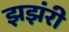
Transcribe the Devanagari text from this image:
झझंरी